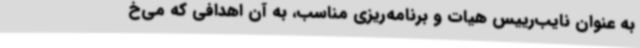
به عنوان نایب‌رییس هیات و برنامه‌ریزی مناسب، به آن اهدافی که می‌خ